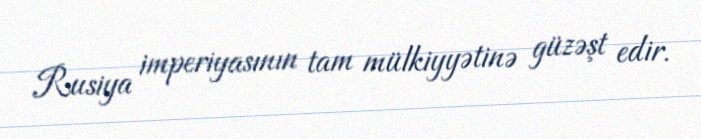
Rusiya imperiyasının tam mülkiyyətinə güzəşt edir.